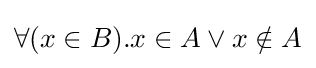
\forall (x\in B).x\in A\lor x\notin A